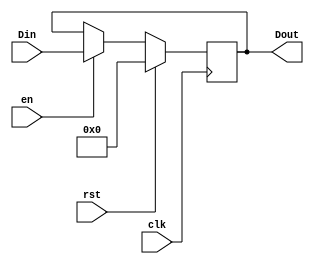
`timescale 1ns / 1ps

module Register(Din, Dout, en, clk, rst);
    input wire [31:0] Din;
    output reg [31:0] Dout;
    input en, clk, rst;
    
    initial
    begin
        Dout <= 0;
    end
    
    always @(posedge clk)
    begin
        if (rst)
        begin
            Dout <= 0;
        end else if (en)
        begin
            Dout <= Din;
        end
    end


endmodule